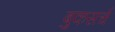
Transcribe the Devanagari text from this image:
बुकसर्च